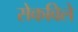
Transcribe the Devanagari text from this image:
सेकविले